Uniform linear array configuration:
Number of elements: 8
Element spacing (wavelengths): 1
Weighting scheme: blackman
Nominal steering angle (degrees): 45
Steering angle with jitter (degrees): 45.987
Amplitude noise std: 0.05
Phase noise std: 0.05

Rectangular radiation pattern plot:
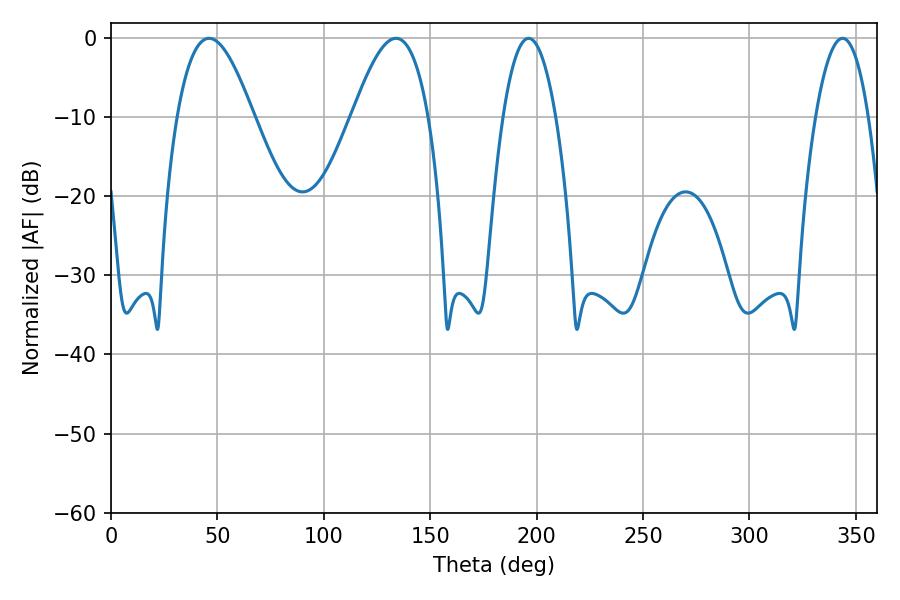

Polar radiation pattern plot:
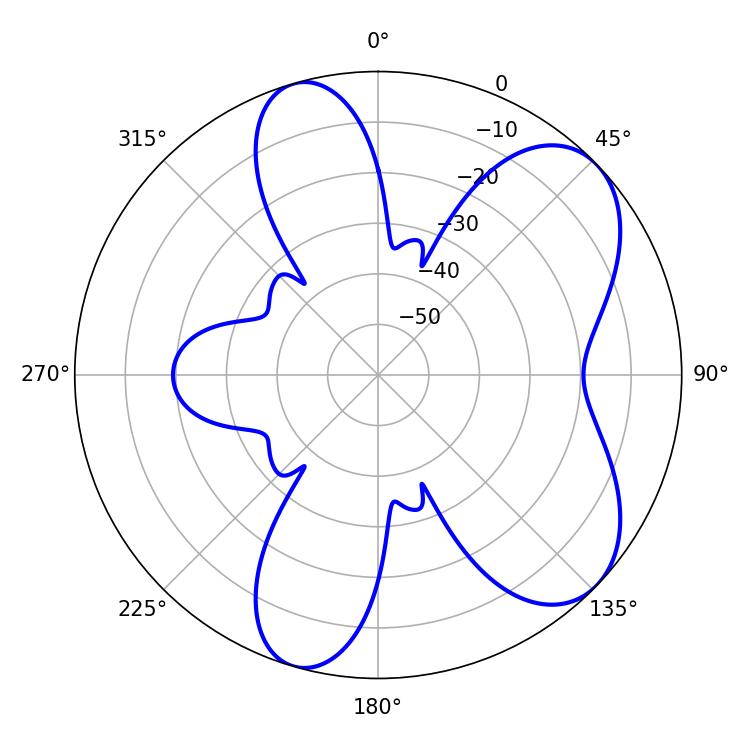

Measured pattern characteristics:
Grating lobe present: TRUE
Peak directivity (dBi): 6.963
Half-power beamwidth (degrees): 19.44
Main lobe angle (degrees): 133.92